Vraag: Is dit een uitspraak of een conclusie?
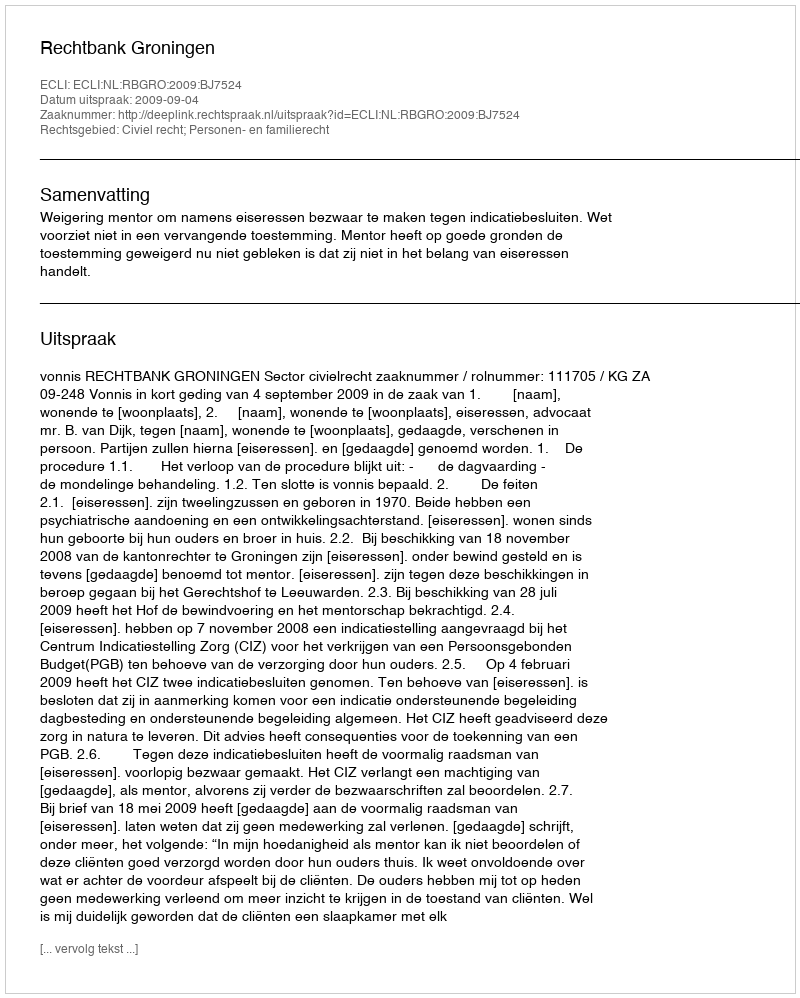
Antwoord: Uitspraak